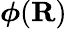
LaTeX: {\boldsymbol{\phi}}(\mathbf{R})